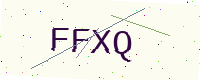
Text: FFXQ